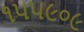
૧૫૫૯૦૯